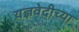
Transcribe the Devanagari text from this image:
यज्ञवेदीच्या